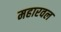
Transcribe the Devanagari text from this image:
महारवल